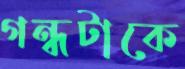
গন্ধটাকে